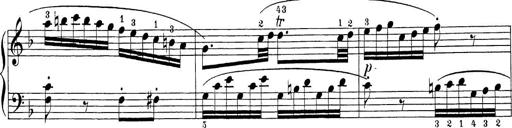
Title: Sonatina Album
Composer: Louis KÃ¶hler